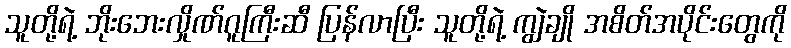
သူတို့ရဲ့ ဘိုးဘေးလှိုဏ်ဂူကြီးဆီ ပြန်လာပြီး သူတို့ရဲ့ ကျွဲချို အစိတ်အပိုင်းတွေကို